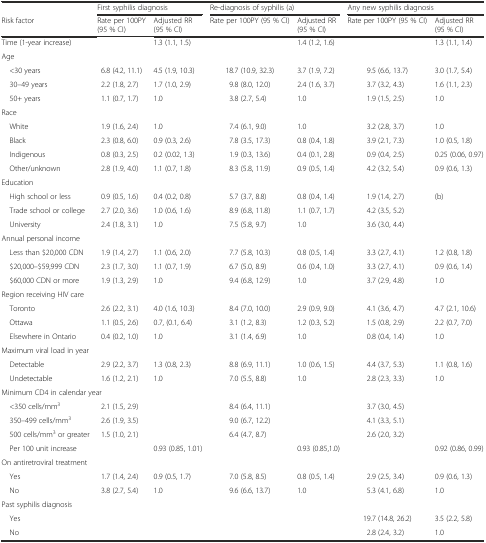
<table><thead><tr><td></td><td colspan="2"><b>First syphilis diagnosis</b></td><td colspan="2"><b>Re-diagnosis of syphilis (a)</b></td><td colspan="2"><b>Any new syphilis diagnosis</b></td></tr><tr><td><b>Risk factor</b></td><td><b>Rate per 100PY (95 % CI)</b></td><td><b>Adjusted RR (95 % CI)</b></td><td><b>Rate per 100PY (95 % CI)</b></td><td><b>Adjusted RR (95 % CI)</b></td><td><b>Rate per 100PY (95 % CI)</b></td><td><b>Adjusted RR (95 % CI)</b></td></tr></thead><tbody><tr><td>Time (1-year increase)</td><td></td><td>1.3 (1.1, 1.5)</td><td></td><td>1.4 (1.2, 1.6)</td><td></td><td>1.3 (1.1, 1.4)</td></tr><tr><td colspan="7">Age</td></tr><tr><td> &lt;30 years</td><td>6.8 (4.2, 11.1)</td><td>4.5 (1.9, 10.3)</td><td>18.7 (10.9, 32.3)</td><td>3.7 (1.9, 7.2)</td><td>9.5 (6.6, 13.7)</td><td>3.0 (1.7, 5.4)</td></tr><tr><td> 30–49 years</td><td>2.2 (1.8, 2.7)</td><td>1.7 (1.0, 2.9)</td><td>9.8 (8.0, 12.0)</td><td>2.4 (1.6, 3.7)</td><td>3.7 (3.2, 4.3)</td><td>1.6 (1.1, 2.3)</td></tr><tr><td> 50+ years</td><td>1.1 (0.7, 1.7)</td><td>1.0</td><td>3.8 (2.7, 5.4)</td><td>1.0</td><td>1.9 (1.5, 2.5)</td><td>1.0</td></tr><tr><td colspan="7">Race</td></tr><tr><td> White</td><td>1.9 (1.6, 2.4)</td><td>1.0</td><td>7.4 (6.1, 9.0)</td><td>1.0</td><td>3.2 (2.8, 3.7)</td><td>1.0</td></tr><tr><td> Black</td><td>2.3 (0.8, 6.0)</td><td>0.9 (0.3, 2.6)</td><td>7.8 (3.5, 17.3)</td><td>0.8 (0.4, 1.8)</td><td>3.9 (2.1, 7.3)</td><td>1.0 (0.5, 1.8)</td></tr><tr><td> Indigenous</td><td>0.8 (0.3, 2.5)</td><td>0.2 (0.02, 1.3)</td><td>1.9 (0.3, 13.6)</td><td>0.4 (0.1, 2.8)</td><td>0.9 (0.4, 2.5)</td><td>0.25 (0.06, 0.97)</td></tr><tr><td> Other/unknown</td><td>2.8 (1.9, 4.0)</td><td>1.1 (0.7, 1.8)</td><td>8.3 (5.8, 11.9)</td><td>0.9 (0.5, 1.4)</td><td>4.2 (3.2, 5.4)</td><td>0.9 (0.6, 1.3)</td></tr><tr><td colspan="7">Education</td></tr><tr><td> High school or less</td><td>0.9 (0.5, 1.6)</td><td>0.4 (0.2, 0.8)</td><td>5.7 (3.7, 8.8)</td><td>0.8 (0.4, 1.4)</td><td>1.9 (1.4, 2.7)</td><td>(b)</td></tr><tr><td> Trade school or college</td><td>2.7 (2.0, 3.6)</td><td>1.0 (0.6, 1.6)</td><td>8.9 (6.8, 11.8)</td><td>1.1 (0.7, 1.7)</td><td>4.2 (3.5, 5.2)</td><td></td></tr><tr><td> University</td><td>2.4 (1.8, 3.1)</td><td>1.0</td><td>7.5 (5.8, 9.7)</td><td>1.0</td><td>3.6 (3.0, 4.4)</td><td></td></tr><tr><td colspan="7">Annual personal income</td></tr><tr><td> Less than $20,000 CDN</td><td>1.9 (1.4, 2.7)</td><td>1.1 (0.6, 2.0)</td><td>7.7 (5.8, 10.3)</td><td>0.8 (0.5, 1.4)</td><td>3.3 (2.7, 4.1)</td><td>1.2 (0.8, 1.8)</td></tr><tr><td> $20,000–$59,999 CDN</td><td>2.3 (1.7, 3.0)</td><td>1.1 (0.7, 1.9)</td><td>6.7 (5.0, 8.9)</td><td>0.6 (0.4, 1.0)</td><td>3.3 (2.7, 4.1)</td><td>0.9 (0.6, 1.4)</td></tr><tr><td> $60,000 CDN or more</td><td>1.9 (1.3, 2.9)</td><td>1.0</td><td>9.4 (6.8, 12.9)</td><td>1.0</td><td>3.7 (2.9, 4.8)</td><td>1.0</td></tr><tr><td colspan="7">Region receiving HIV care</td></tr><tr><td> Toronto</td><td>2.6 (2.2, 3.1)</td><td>4.0 (1.6, 10.3)</td><td>8.4 (7.0, 10.0)</td><td>2.9 (0.9, 9.0)</td><td>4.1 (3.6, 4.7)</td><td>4.7 (2.1, 10.6)</td></tr><tr><td> Ottawa</td><td>1.1 (0.5, 2.6)</td><td>0.7, (0.1, 6.4)</td><td>3.1 (1.2, 8.3)</td><td>1.2 (0.3, 5.2)</td><td>1.5 (0.8, 2.9)</td><td>2.2 (0.7, 7.0)</td></tr><tr><td> Elsewhere in Ontario</td><td>0.4 (0.2, 1.0)</td><td>1.0</td><td>3.1 (1.4, 6.9)</td><td>1.0</td><td>0.8 (0.4, 1.4)</td><td>1.0</td></tr><tr><td colspan="7">Maximum viral load in year</td></tr><tr><td> Detectable</td><td>2.9 (2.2, 3.7)</td><td>1.3 (0.8, 2.3)</td><td>8.8 (6.9, 11.1)</td><td>1.0 (0.6, 1.5)</td><td>4.4 (3.7, 5.3)</td><td>1.1 (0.8, 1.6)</td></tr><tr><td> Undetectable</td><td>1.6 (1.2, 2.1)</td><td>1.0</td><td>7.0 (5.5, 8.8)</td><td>1.0</td><td>2.8 (2.3, 3.3)</td><td>1.0</td></tr><tr><td colspan="7">Minimum CD4 in calendar year</td></tr><tr><td> &lt;350 cells/mm<sup>3</sup></td><td>2.1 (1.5, 2.9)</td><td></td><td>8.4 (6.4, 11.1)</td><td></td><td>3.7 (3.0, 4.5)</td><td></td></tr><tr><td> 350–499 cells/mm<sup>3</sup></td><td>2.6 (1.9, 3.5)</td><td></td><td>9.0 (6.7, 12.2)</td><td></td><td>4.1 (3.3, 5.1)</td><td></td></tr><tr><td> 500 cells/mm<sup>3</sup> or greater</td><td>1.5 (1.0, 2.1)</td><td></td><td>6.4 (4.7, 8.7)</td><td></td><td>2.6 (2.0, 3.2)</td><td></td></tr><tr><td> Per 100 unit increase</td><td></td><td>0.93 (0.85, 1.01)</td><td></td><td>0.93 (0.85,1.0)</td><td></td><td>0.92 (0.86, 0.99)</td></tr><tr><td colspan="7">On antiretroviral treatment</td></tr><tr><td> Yes</td><td>1.7 (1.4, 2.4)</td><td>0.9 (0.5, 1.7)</td><td>7.0 (5.8, 8.5)</td><td>0.8 (0.5, 1.4)</td><td>2.9 (2.5, 3.4)</td><td>0.9 (0.6, 1.3)</td></tr><tr><td> No</td><td>3.8 (2.7, 5.4)</td><td>1.0</td><td>9.6 (6.6, 13.7)</td><td>1.0</td><td>5.3 (4.1, 6.8)</td><td>1.0</td></tr><tr><td colspan="7">Past syphilis diagnosis</td></tr><tr><td> Yes</td><td></td><td></td><td></td><td></td><td>19.7 (14.8, 26.2)</td><td>3.5 (2.2, 5.8)</td></tr><tr><td> No</td><td></td><td></td><td></td><td></td><td>2.8 (2.4, 3.2)</td><td>1.0</td></tr></tbody></table>